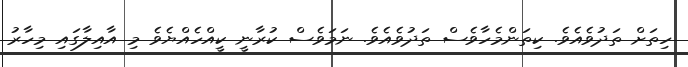
ހިތަށް ތަދުވެއެވެ. ކިތަންމެހާވެސް ތަދުވެއެވެ. ނަމަވެސް ކުރާނީ ކީއްހެއްޔެވެ މި އާއިލާގައި މިހާރު